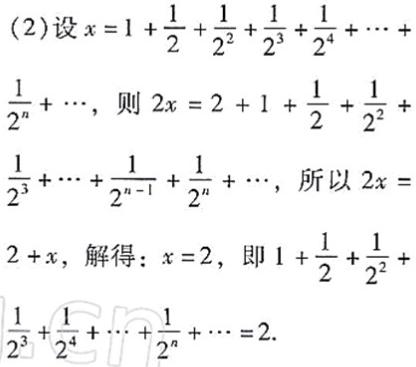
(2)设\(x = 1+\frac{1}{2}+\frac{1}{2^{2}}+\frac{1}{2^{3}}+\frac{1}{2^{4}}+\cdots+\frac{1}{2^{n}}+\cdots\)，则\(2x = 2 + 1+\frac{1}{2}+\frac{1}{2^{2}}+\frac{1}{2^{3}}+\cdots+\frac{1}{2^{n - 1}}+\frac{1}{2^{n}}+\cdots\)，所以\(2x=2 + x\)，解得：\(x = 2\)，即\(1+\frac{1}{2}+\frac{1}{2^{2}}+\frac{1}{2^{3}}+\frac{1}{2^{4}}+\cdots+\frac{1}{2^{n}}+\cdots=2\).